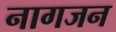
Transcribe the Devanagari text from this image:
नागजन